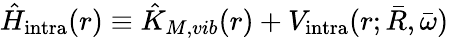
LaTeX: \hat{H}_{\mathrm{intra}}(r)\equiv\hat{K}_{M,vib}(r)+V_{\mathrm{intra}}(r;\bar{R},\bar{\omega})